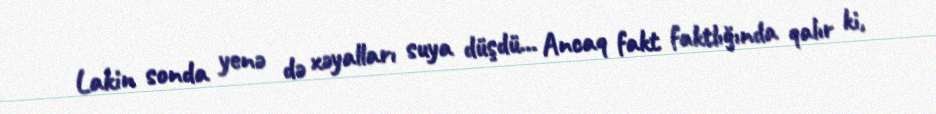
Lakin sonda yenə də xəyalları suya düşdü... Ancaq fakt faktlığında qalır ki,